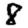
Digit: 8